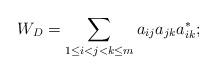
LaTeX: \begin{align*} W_D=\sum_{1\leq i<j<k\leq m} a_{ij} a_{jk} a^*_{ik}; \end{align*}